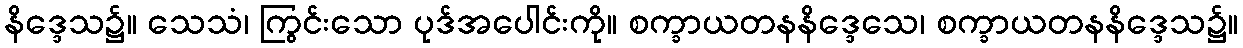
နိဒ္ဒေသ၌။ သေသံ၊ ကြွင်းသော ပုဒ်အပေါင်းကို။ စက္ခာယတနနိဒ္ဒေသေ၊ စက္ခာယတနနိဒ္ဒေသ၌။